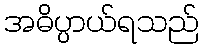
အဓိပ္ပာယ်ရသည်